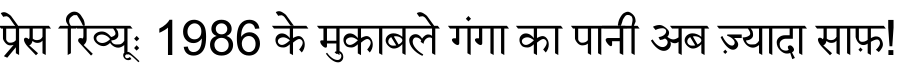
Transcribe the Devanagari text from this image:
प्रेस रिव्यूः 1986 के मुकाबले गंगा का पानी अब ज़्यादा साफ़!